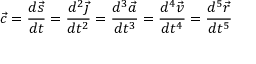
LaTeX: { \vec { c } } = { \frac { d { \vec { s } } } { d t } } = { \frac { d ^ { 2 } { \vec { \jmath } } } { d t ^ { 2 } } } = { \frac { d ^ { 3 } { \vec { a } } } { d t ^ { 3 } } } = { \frac { d ^ { 4 } { \vec { v } } } { d t ^ { 4 } } } = { \frac { d ^ { 5 } { \vec { r } } } { d t ^ { 5 } } }